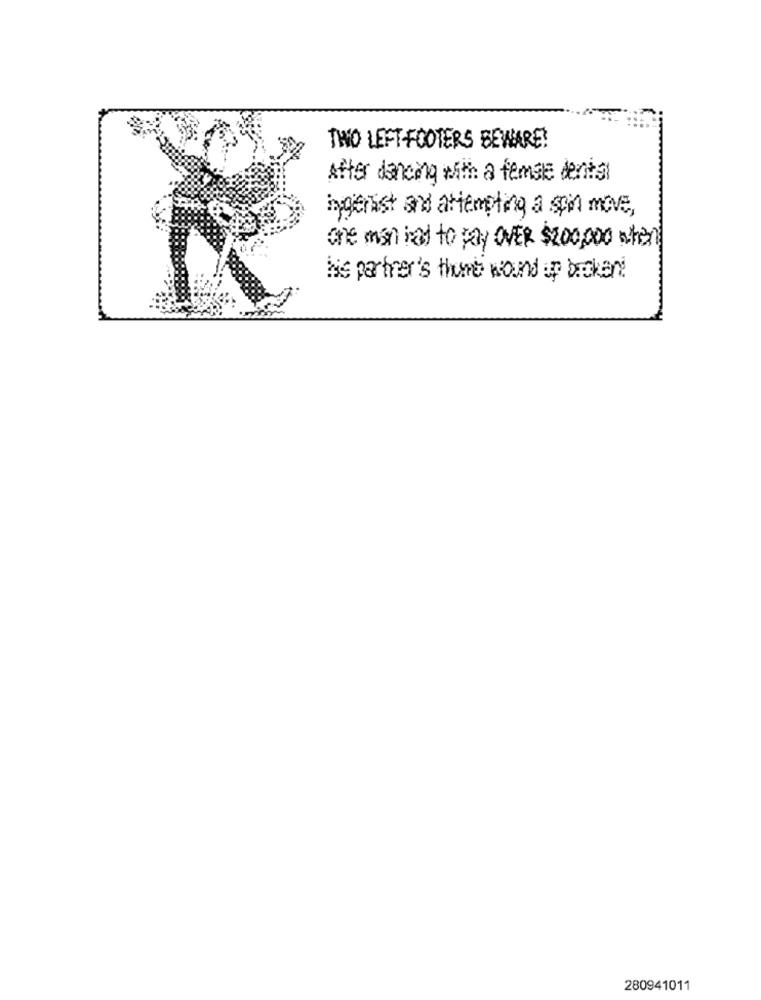
TWO LEFT-FOOTERS BEWARE!
After dancing with a female dental
ingerist and attempting a spit move,
one man had to say OVER $200,000 when
Nie partner's thee wound up broken!
280941011